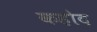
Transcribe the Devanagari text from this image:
कहोद